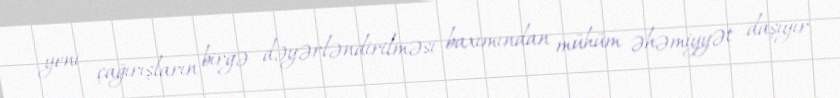
yeni çağırışların birgə dəyərləndirilməsi baxımından mühüm əhəmiyyət daşıyır.